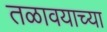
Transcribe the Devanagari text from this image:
तळावयाच्या